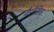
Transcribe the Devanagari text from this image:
गैररैखिक